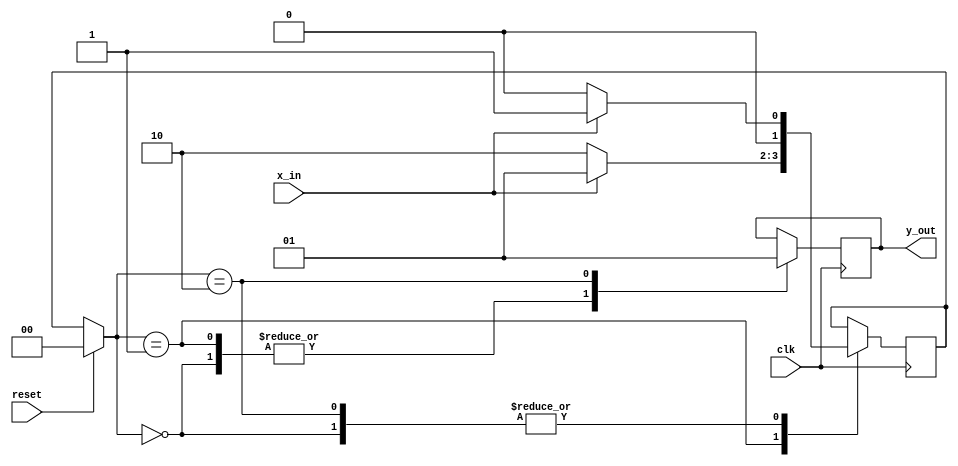
module stateMachine(
	output reg y_out,
	input x_in,clk,reset);
reg [1:0] state,next_state;
parameter A = 2'b00, B = 2'b01, C = 2'b10;

always@(posedge clk)
begin
	if (reset==1) state = A;
	else state=next_state;
	

		case (state)
			A:
				if (x_in)
				begin
					next_state = B;
					y_out = 0;
				end
				else
				begin
					next_state = A;
					y_out = 0;
				end
				
			B:
				if (x_in) 
				begin
					next_state = B;
					y_out = 0;
				end
				else 
				begin
					next_state = C;
					y_out = 0;
				end
			C:
				if (x_in) 
				begin
					next_state = B;
					y_out = 1;
				end
				else 
				begin
					next_state = A;
					y_out = 1;
				end
	endcase
end
endmodule